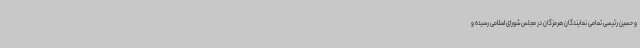
و حسین رئیسی تمامی نمایندگان هرمزگان در مجلس شورای اسلامی رسیده و